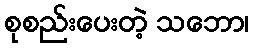
စုစည်းပေးတဲ့ သဘော၊